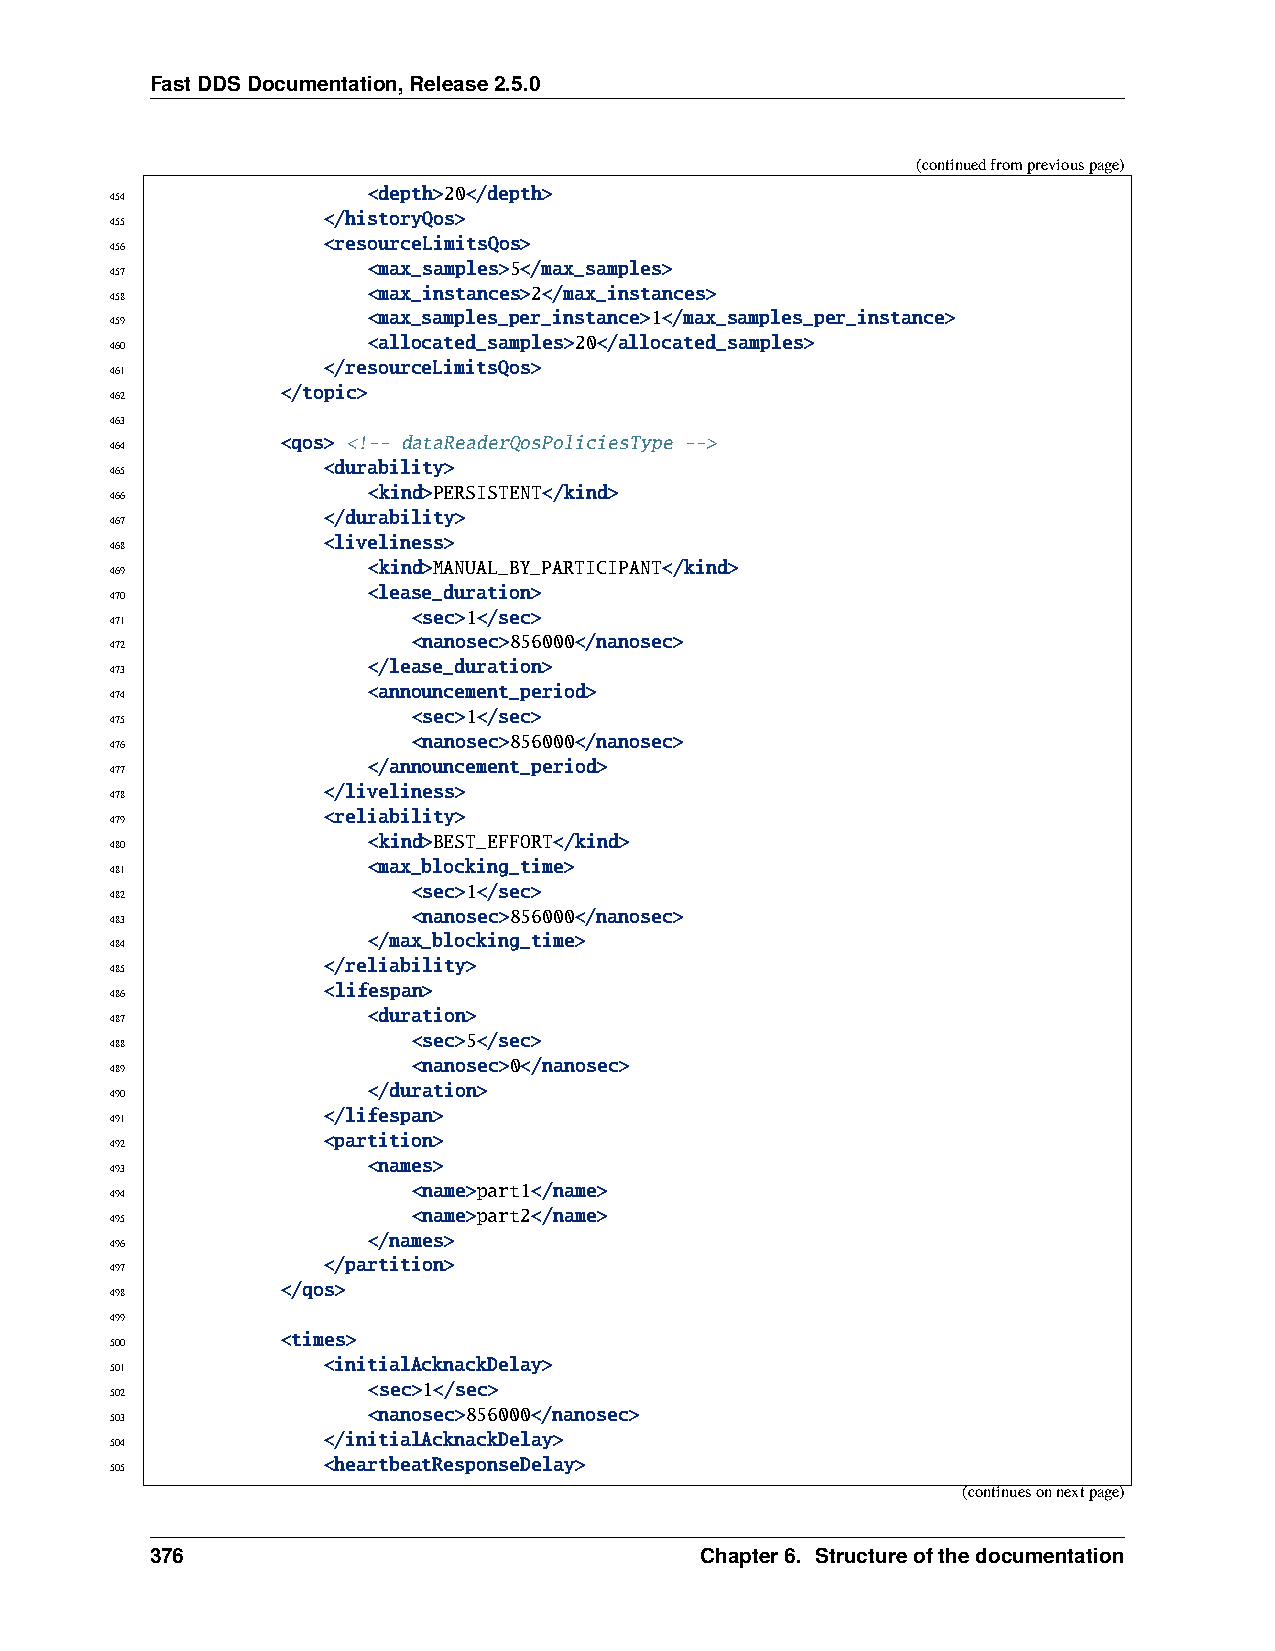
FastDDSDocumentation,Release2.5.0
 (continuedfrompreviouspage)
 <depth>20</depth>
 454
 </historyQos>
 455
 <resourceLimitsQos>
 456
 <max_samples>5</max_samples>
 457
 <max_instances>2</max_instances>
 458
 <max_samples_per_instance>1</max_samples_per_instance>
 459
 <allocated_samples>20</allocated_samples>
 460
 </resourceLimitsQos>
 461
 </topic>
 462
 463
 <qos> <!-- dataReaderQosPoliciesType -->
 464
 <durability>
 465
 <kind>PERSISTENT</kind>
 466
 </durability>
 467
 <liveliness>
 468
 <kind>MANUAL_BY_PARTICIPANT</kind>
 469
 <lease_duration>
 470
 <sec>1</sec>
 471
 <nanosec>856000</nanosec>
 472
 </lease_duration>
 473
 <announcement_period>
 474
 <sec>1</sec>
 475
 <nanosec>856000</nanosec>
 476
 </announcement_period>
 477
 </liveliness>
 478
 <reliability>
 479
 <kind>BEST_EFFORT</kind>
 480
 <max_blocking_time>
 481
 <sec>1</sec>
 482
 <nanosec>856000</nanosec>
 483
 </max_blocking_time>
 484
 </reliability>
 485
 <lifespan>
 486
 <duration>
 487
 <sec>5</sec>
 488
 <nanosec>0</nanosec>
 489
 </duration>
 490
 </lifespan>
 491
 <partition>
 492
 <names>
 493
 <name>part1</name>
 494
 <name>part2</name>
 495
 </names>
 496
 </partition>
 497
 </qos>
 498
 499
 <times>
 500
 <initialAcknackDelay>
 501
 <sec>1</sec>
 502
 <nanosec>856000</nanosec>
 503
 </initialAcknackDelay>
 504
 <heartbeatResponseDelay>
 505
 (continuesonnextpage)
 376                                 Chapter6. Structureofthedocumentation